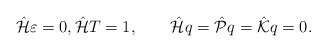
\begin{align*}\hat{\cal H}\varepsilon=0,\hat{\cal H} T=1,\qquad\hat {\cal H}q=\hat{\cal P}q=\hat{\cal K}q=0.\end{align*}